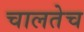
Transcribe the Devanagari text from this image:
चालतेच